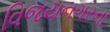
વિજયનગરના